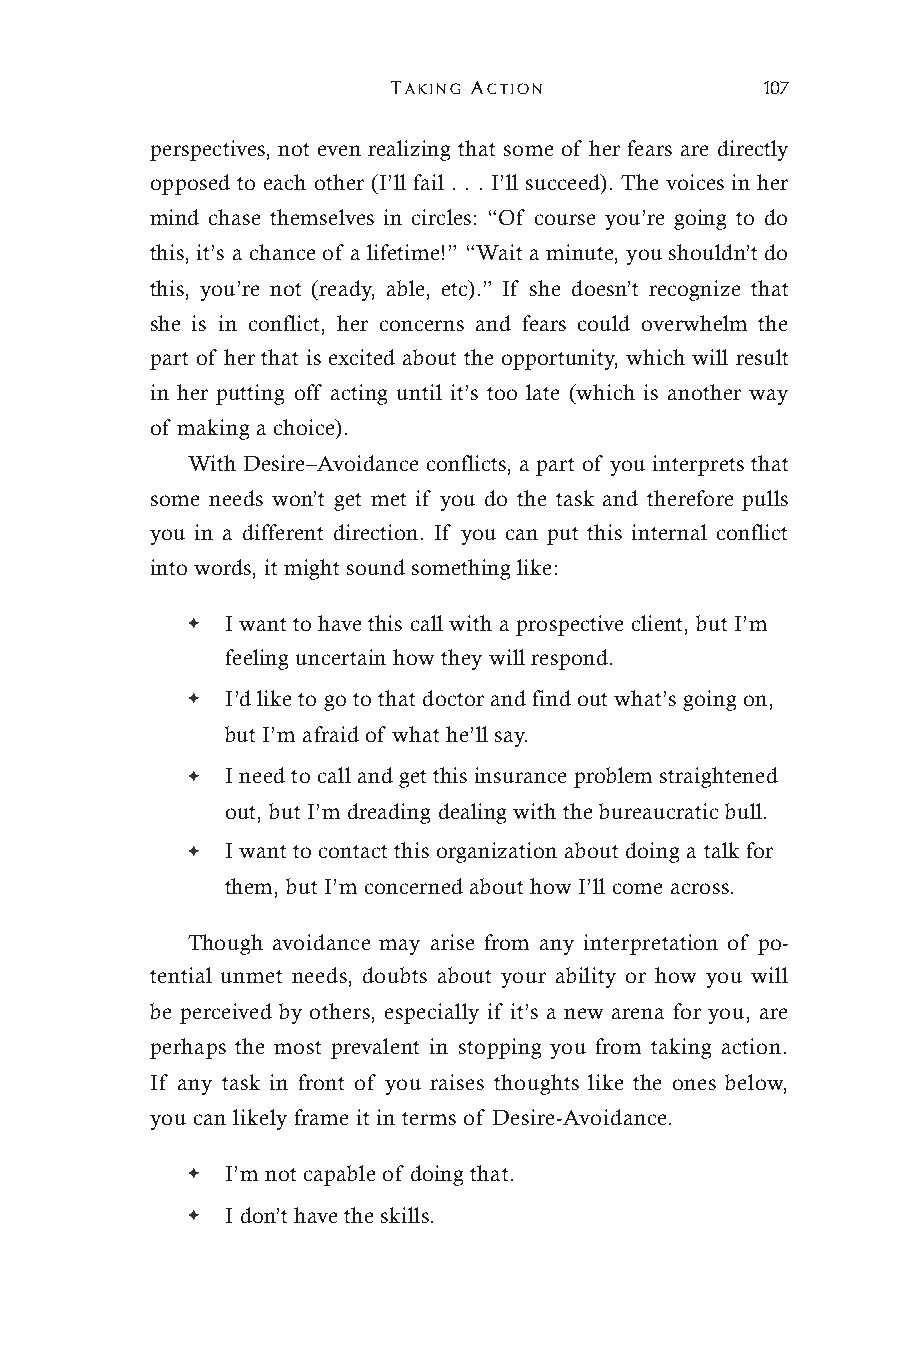
TAKING ACTION            107
 perspectives, not even realizing that some of her fears are directly
 opposed to each other (I’ll fail . . . I’ll succeed). The voices in her
 mind chase themselves in circles: “Of course you’re going to do
 this, it’s a chance of a lifetime!” “Wait a minute, you shouldn’t do
 this, you’re not (ready, able, etc).” If she doesn’t recognize that
 she is in conflict, her concerns and fears could overwhelm the
 part of her that is excited about the opportunity, which will result
 in her putting off acting until it’s too late (which is another way
 of making a choice).
 With Desire–Avoidance conflicts, a part of you interprets that
 some needs won’t get met if you do the task and therefore pulls
 you in a different direction. If you can put this internal conflict
 into words, it might sound something like:
 ✦  I want to have this call with a prospective client, but I’m
 feeling uncertain how they will respond.
 ✦  I’d like to go to that doctor and find out what’s going on,
 but I’m afraid of what he’ll say.
 ✦  I need to call and get this insurance problem straightened
 out, but I’m dreading dealing with the bureaucratic bull.
 ✦  I want to contact this organization about doing a talk for
 them, but I’m concerned about how I’ll come across.
 Though avoidance may arise from any interpretation of po-
 tential unmet needs, doubts about your ability or how you will
 be perceived by others, especially if it’s a new arena for you, are
 perhaps the most prevalent in stopping you from taking action.
 If any task in front of you raises thoughts like the ones below,
 you can likely frame it in terms of Desire-Avoidance.
 ✦  I’m not capable of doing that.
 ✦  I don’t have the skills.